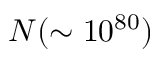
N ( \sim 1 0 ^ { 8 0 } )